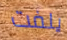
يلفت